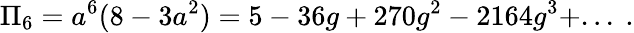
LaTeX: \Pi_{6}=a^{6}(8-3a^{2})=5-36g+270g^{2}-2164g^{3}+...~.